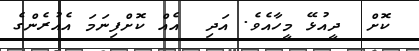
ކޮށް  ދީއުޅޭ މީހާއެވެ. އަދި  އެއް ކޮށްފިނަމަ އެއުރެންގެ